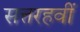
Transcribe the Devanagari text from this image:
सत्तरहवीं